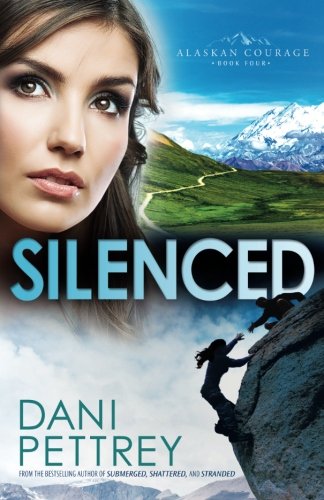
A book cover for Silenced (Alaskan Courage) (Volume 4); Dani Pettrey; Romance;